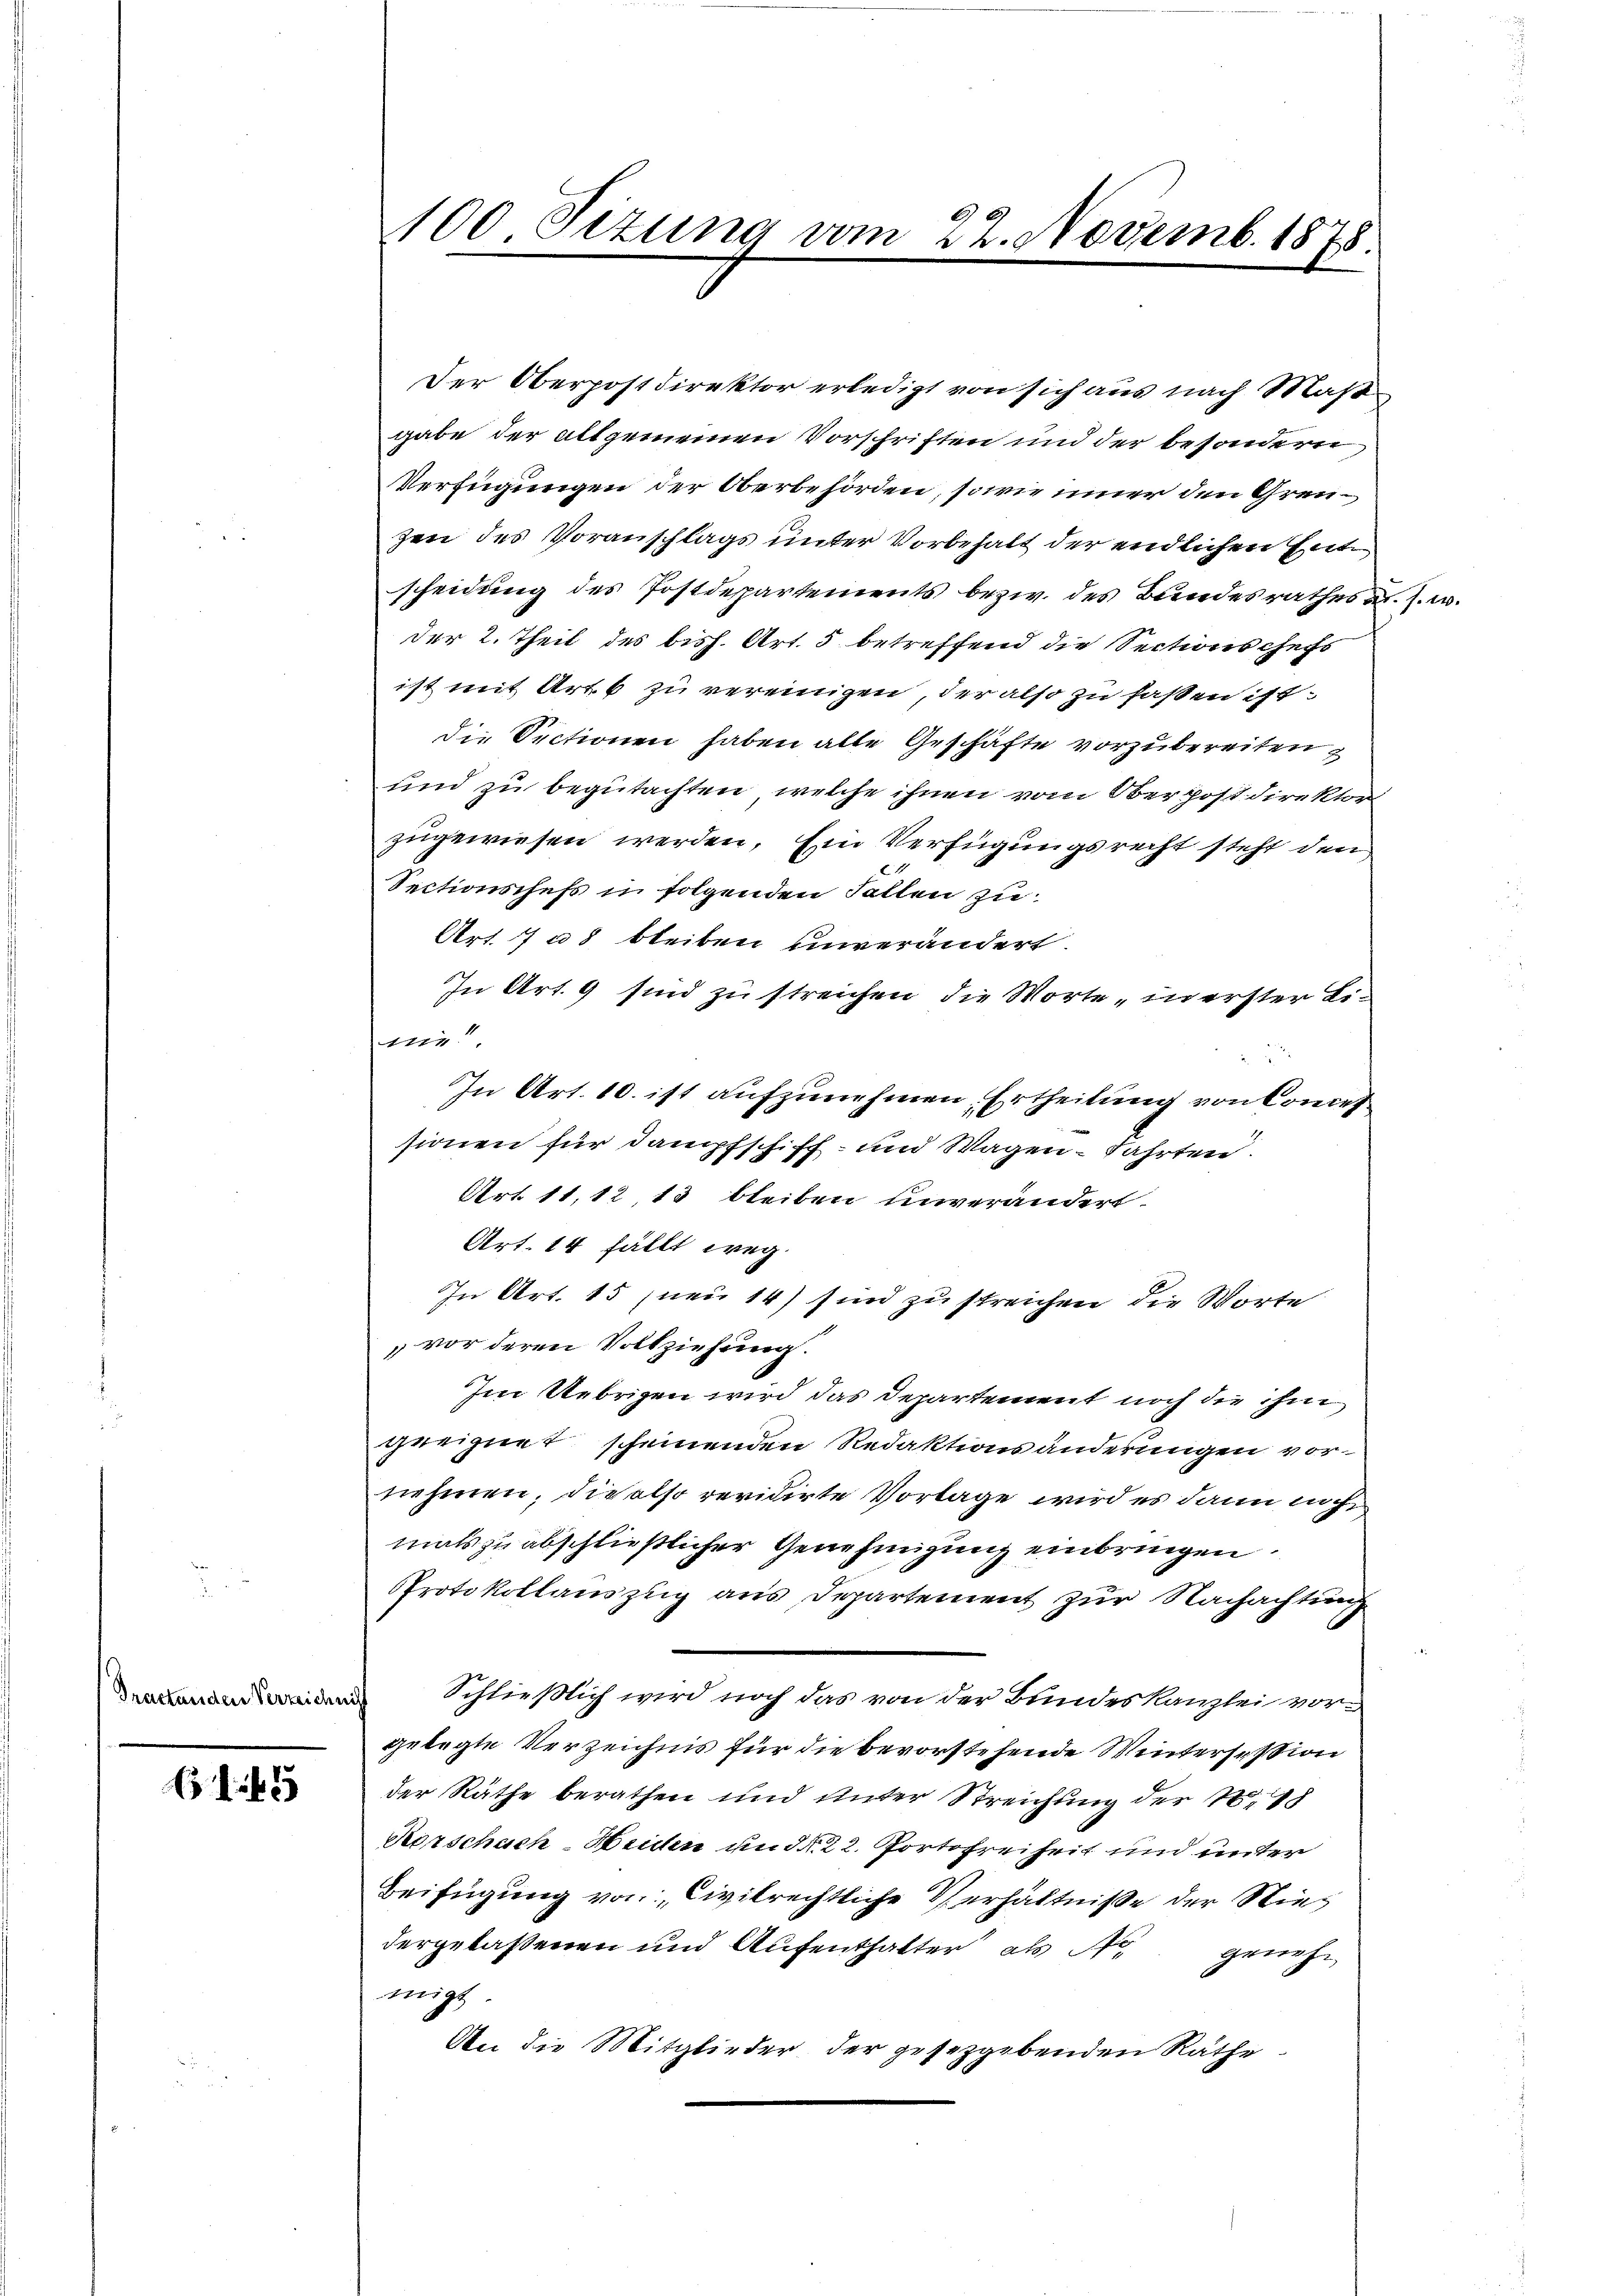
Practanden Verzeichnis

45

100. Sizung vom 22. Novemb. 1878.

Der Oberpostdirektor erledigt von sich aus nach Maß
gabe der allgemeinen Vorschriften und der besondern
Verfügungen der Oberbehörden, sowie inner den Grenzen des Voranschlags unter Vorbehalt der endlichen Entscheidung des Postdepartements bezw. des Bundesrathes u. s. w.
der 2. Theil des bish. Art. 5 betreffend die Sections chefs
ist mit Art. 6 zu vereinigen, der also zu faßen ist.
die Sectionen haben alle Geschäfte vorzubereiten
und zu begutachten, welche ihnen vom Oberpostdirektor
zugewiesen werden. Ein Verfügungsrecht steht den
E
Sectionschefs in folgenden Fallen zu
Art. 7 u. bleiben unverändert.
In Art. 9 sind zu streichen, die Worte „in erster Liwer
In Art. 10. ist aufzunehmen. Ertheilung von Conces
sionen für Dampfschiff- und Wagen - Fahrten.
Art. 11, 12 13 bleiben unverändert.
Art. 14 fällt weg.
In Art. 15 (neu 14) sind zu streichen die Worte
vor deren Vollziehung.
Im Uebrigen wird das Departement noch die ihm
geeignet scheinenden Redaktionsänderungen vornehmen, die also revidirte Vorlage wird es dann nich
mals zu abschließlicher Genehmigung einbringen.
Protokollauszug aus Departement zur Nachachtung
Schließlich wird noch das von der Bundeskanzlei vorgelegte Verzeichnis für die bevorstehende Wintersession
der Räthe berathen und unter Streichung der N. 18
Rorschach Weiden und d. 22. Portofreiheit und unter
Beifügung von Civilrechtliche Verhältniße der Nies
dergelassenen und Aufenthalter als N. genehmigt
An die Mitglieder der gesetzgebenden Räthe